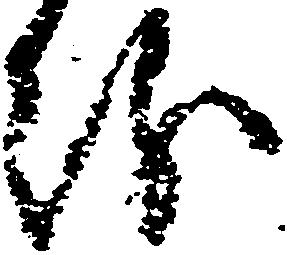
紛